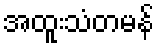
အထူးသံတမန်